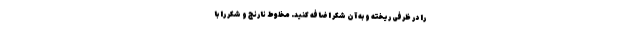
را در ظرفی ریخته و به آن شکر اضافه کنید. مخلوط نارنج و شکر را با